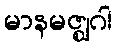
မာနမဇ္ဈဂါ